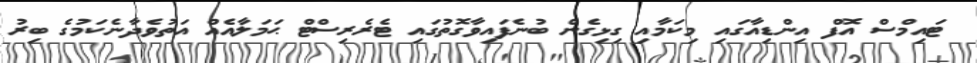
ޓައިމްސް އޮފް އިންޑިއާގައި މިކަމާއި ގިޅިގެން ބުނެފައިވާގޮތުގައި ޓެރެރިސްޓް ޙަމަލާއެއް އަތުވެދާނެކަމުގެ ބިރު